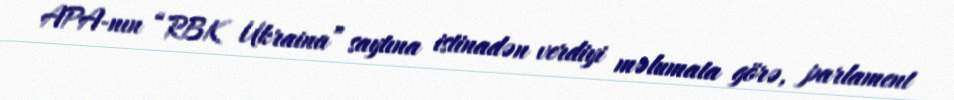
APA-nın “RBK Ukraina” saytına istinadən verdiyi məlumata görə, parlament